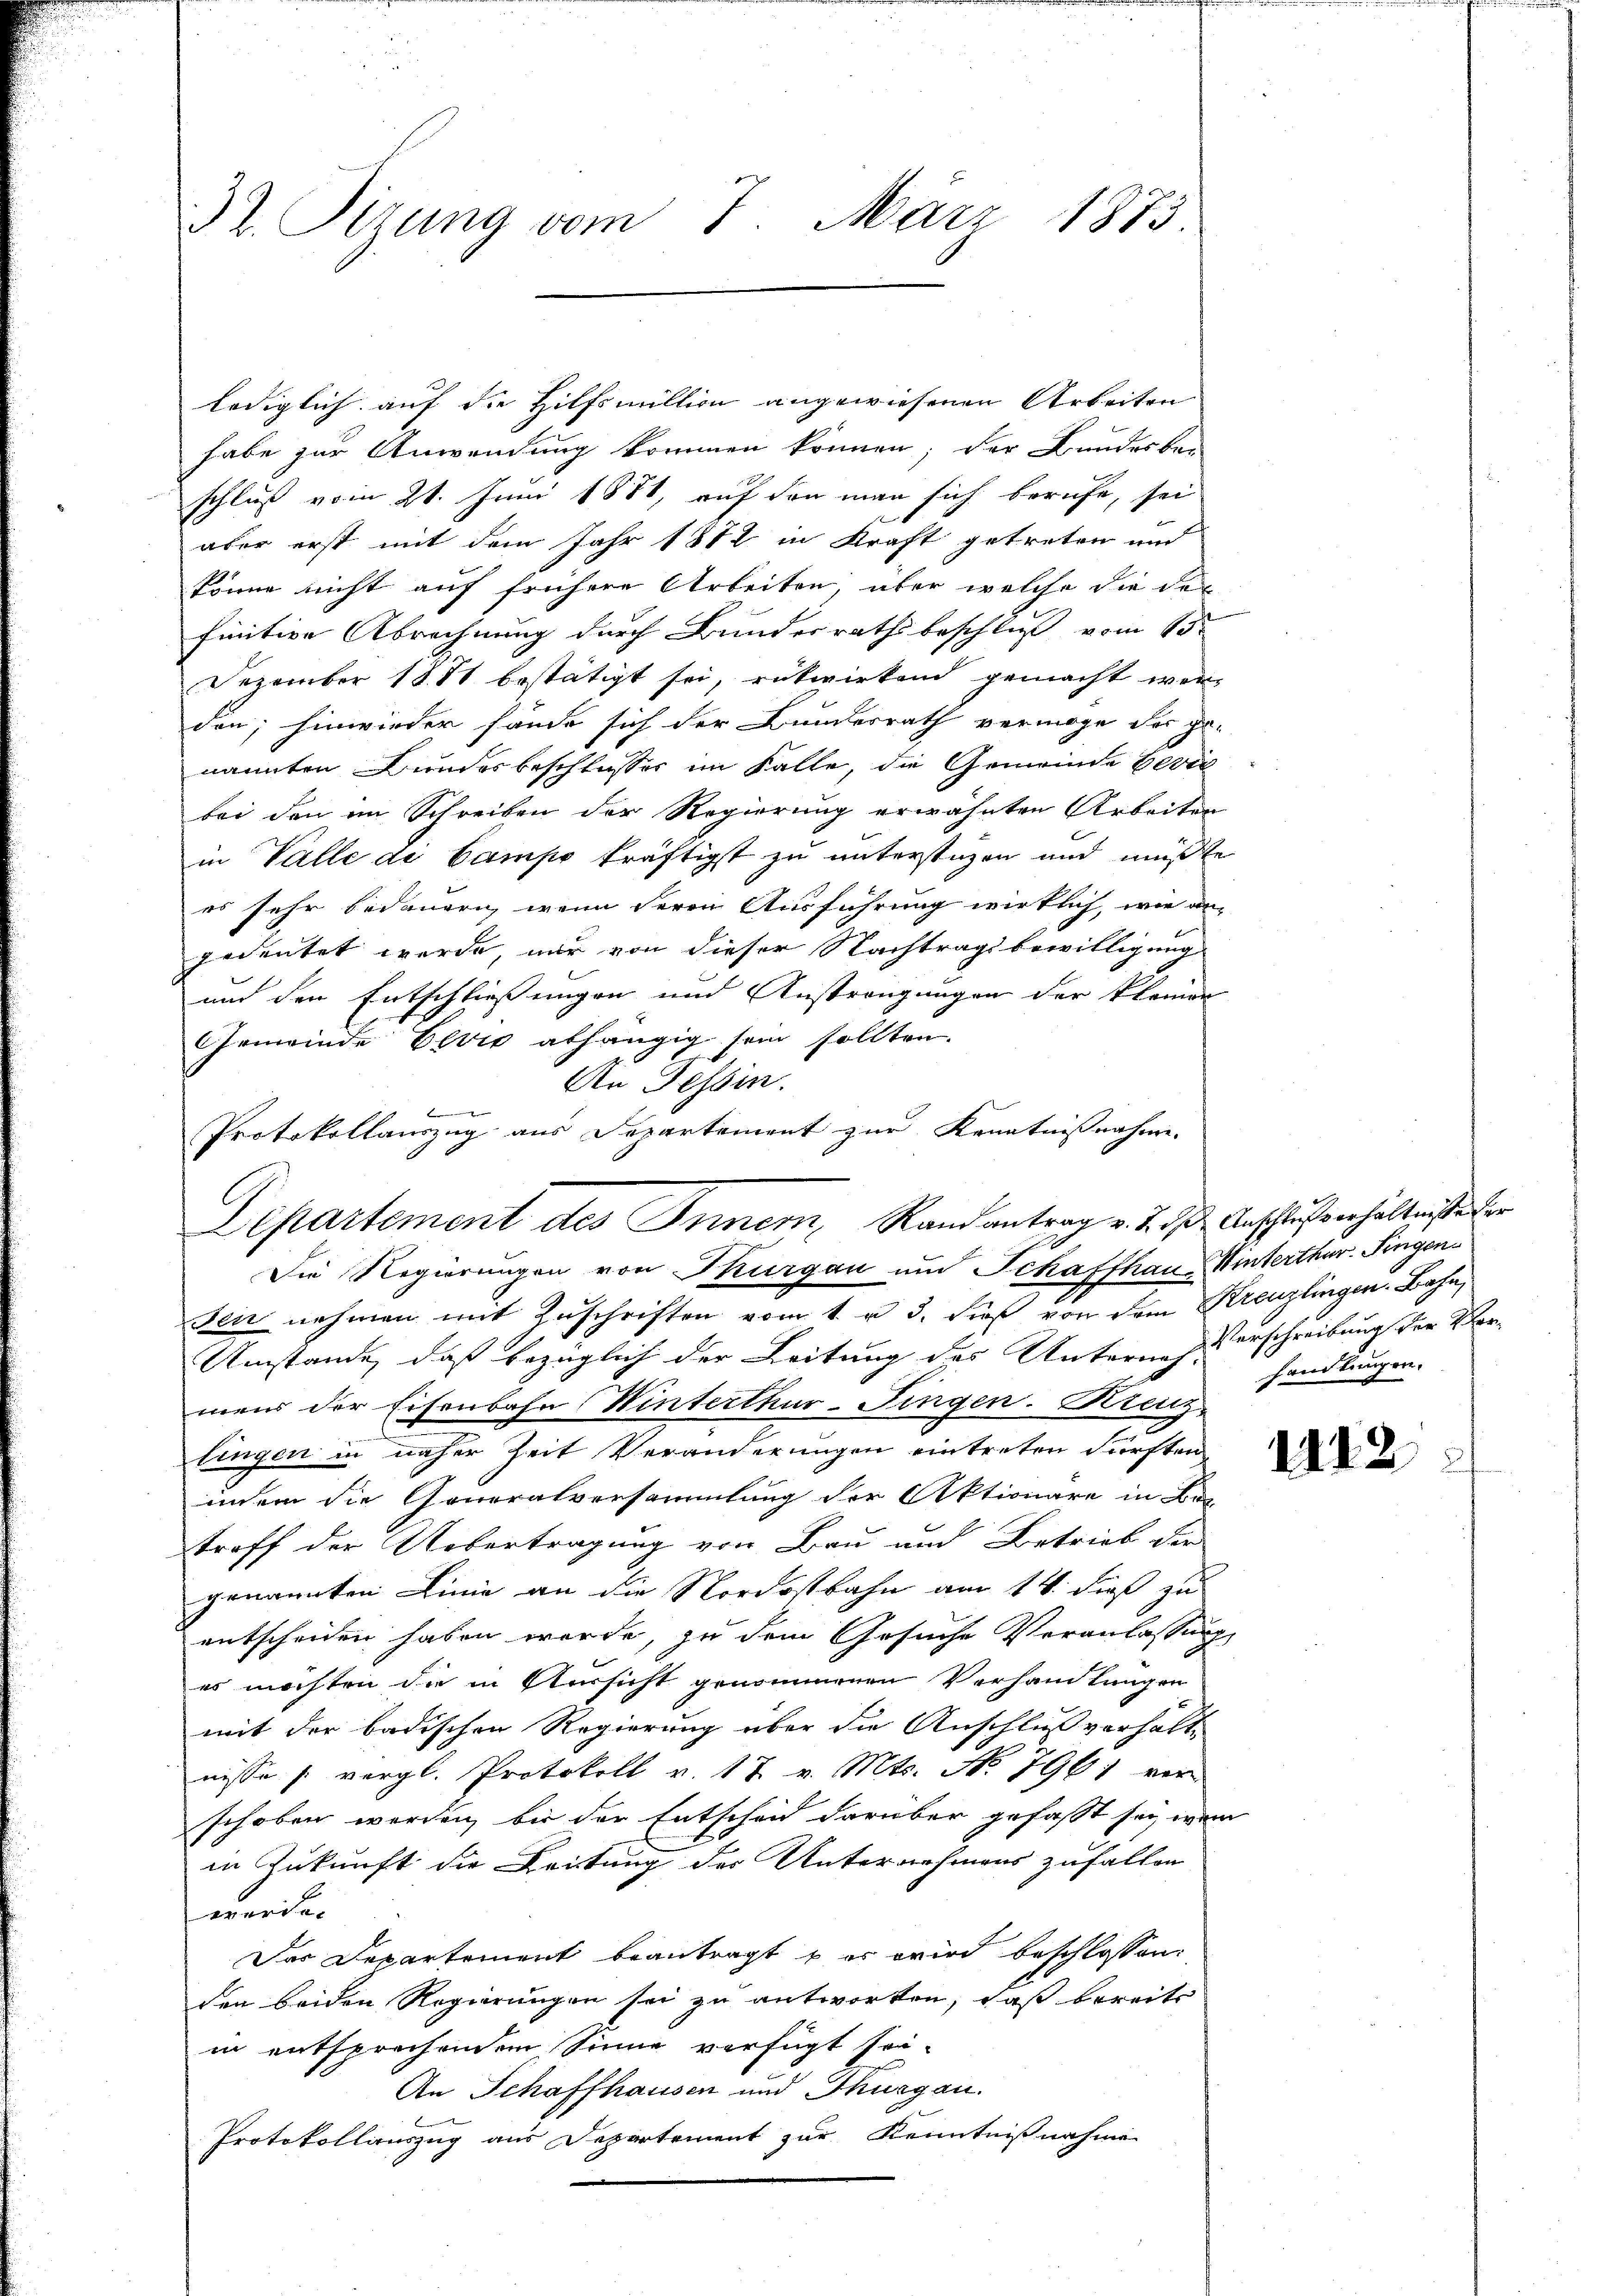
32. Sizung vom 7. März 1873.

lediglich auf die Hilfsmillion angewiesenen Arbeiten
habe zur Anwendung kommen können; der Bundesbei
schluß vom 21. Juni 1881, auf den man sich berufe, sei
aber erst mit dem Jahr 1872 in Kraft getreten und
könne nicht auf frühere Arbeiten, über welche die der
finitive Abrechnung durch Bundesrathsbeschluß vom 13ten
Dezember 1881 bestätigt sei, rükwirkend gemacht werden; hinwieder fande sich der Bundesrath vermöge der ge-
nannten Bundesbeschlusses im Falle, die Gemeinde Bević
bei den im Schreiben der Regierung erwähnten Arbeiten
in Valle de Campo kräftigst zu unterstüzen und mußte
es sehr bedauern, wenn deren Ausführung wirklich, wie an-
gedeutet werde, nur von dieser Nachtragsbewilligung
und den Entschließungen und Anstrengungen der kleinen
Gemeinde Elvis abhängig sein sollten.
An Tessin.
t
Die Regierungen von Thurgau um Schaffhau-Winterthur. Fingensen nehmen mit Zuschriften vom 1. u 3. dieß von dem Kreuzlingen Bahn,
Umstände, daß bezüglich der Leitung des Unternach erschreibung für Vor-
mens der Eisenbahn Winterthur–Singen. Kreuz-
tingen in naher Zeit Veränderungen eintreten dürften
indem die Generalversammlung der Aktionäre in Bes
troff der Uebertragung von Bau und Betrieb der
genannten Linie an die Nordostbahn am 14. dieß zu
entscheiden haben werde, zu dem Gesuche Veranlassung
es möchten die in Versicht genommenen Verhandlungen
mit der badischen Regierung über die Anschlußverhältnisse (vergl. Protokoll v. 17 v. Mts. No. 7961 verschoben werden, bis der Entscheid darüber gefasst sei, wen
in Zukunft die Leitung der Unternehmens zufallen
worden
Das Departement beantragt, er wird beschlossen:
den beiden Regierungen sei zu antworten, daß bereits
in entsprechendem Sinne verfügt sei.
An Schaffhausen und Thurgau.
Protokollauszug aus Departement zur Kenntnißnahme

Protokollauszug aus Departement zur Kenntnißnahme
Departement des Inner, Randantrag v. 2. d. Anschlußverhältniße er

handlungen.

e

1112